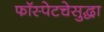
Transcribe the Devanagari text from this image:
फॉस्पेटचेसुद्धा